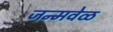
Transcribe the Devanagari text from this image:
जन्मवेळ